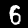
Digit: 6